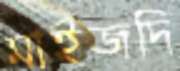
মাইজদি